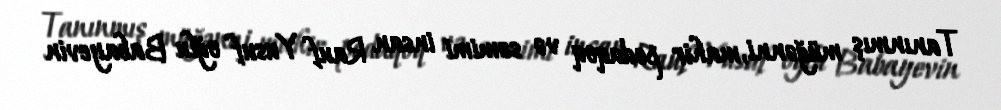
Tanınmış müğənni, mahir pedaqoq və səmimi insan Rauf Yusuf oğlu Babayevin